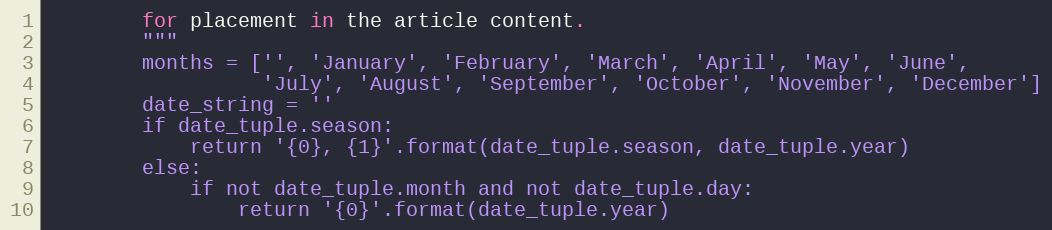
Language: Python
        for placement in the article content.
        """
        months = ['', 'January', 'February', 'March', 'April', 'May', 'June',
                  'July', 'August', 'September', 'October', 'November', 'December']
        date_string = ''
        if date_tuple.season:
            return '{0}, {1}'.format(date_tuple.season, date_tuple.year)
        else:
            if not date_tuple.month and not date_tuple.day:
                return '{0}'.format(date_tuple.year)